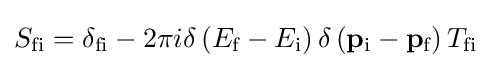
S_{{\text{f}}{\text{i}}}=\delta _{{\text{f}}{\text{i}}}-2\pi i\delta \left(E_{\text{f}}-E_{\text{i}}\right)\delta \left(\mathbf {p} _{\text{i}}-\mathbf {p} _{\text{f}}\right)T_{{\text{f}}{\text{i}}}